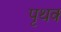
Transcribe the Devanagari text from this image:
पृथक्‍